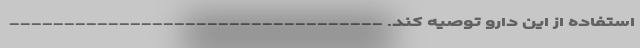
استفاده از این دارو توصیه کند. ----------------------------------